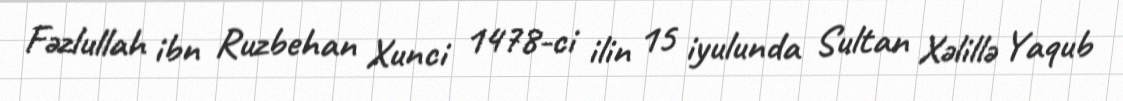
Fəzlullah ibn Ruzbehan Xunci 1478-ci ilin 15 iyulunda Sultan Xəlillə Yaqub